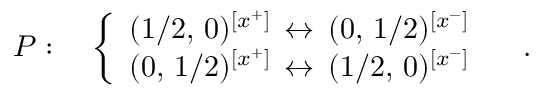
{ \cal P } : \quad \left\{ \begin{array} { l } { { ( 1 / 2 , \, 0 ) ^ { [ x ^ { + } ] } \, \leftrightarrow \, ( 0 , \, 1 / 2 ) ^ { [ x ^ { - } ] } } } \\ { { ( 0 , \, 1 / 2 ) ^ { [ x ^ { + } ] } \, \leftrightarrow \, ( 1 / 2 , \, 0 ) ^ { [ x ^ { - } ] } } } \end{array} \right. \quad .